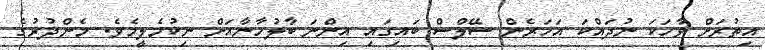
އިތުރަށް ވާހަކަ ނުދައްކަ އަހަރެން ސޭލްސް ބައިގައި އިންނަ ބާލުހާނާއަށް ނިކުމެލީމެވެ. މެންދުރުގެ